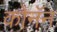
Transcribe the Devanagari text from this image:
कोनॅन